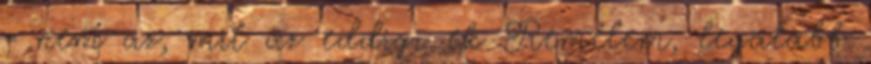
= nem az, mit az eddigi ek Remélem, legalább